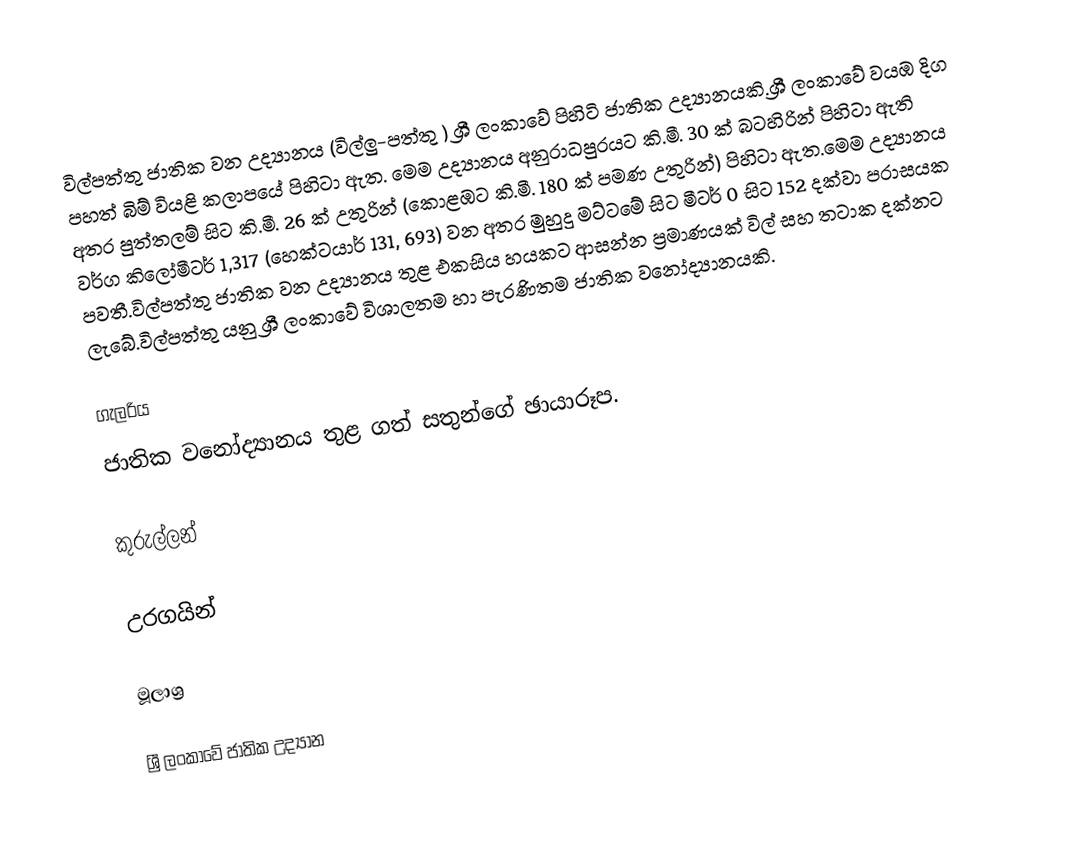
විල්පත්තු ජාතික වන උද්‍යානය (විල්ලු-පත්තු ) ශ්‍රී ලංකාවේ පිහිටි ජාතික උද්‍යානයකි.ශ්‍රී ලංකාවේ වයඹ දිග පහත් බිම් වියළි කලාපයේ පිහිටා ඇත. මෙම උද්‍යානය අනුරාධපුරයට කි.මී. 30 ක් බටහිරින් පිහිටා ඇති අතර පුත්තලම් සිට කි.මී. 26 ක් උතුරින් (කොළඹට කි.මී. 180 ක් පමණ උතුරින්) පිහිටා ඇත.මෙම උද්‍යානය වර්ග කිලෝමීටර් 1,317 (හෙක්ටයාර් 131, 693) වන අතර මුහුදු මට්ටමේ සිට මීටර් 0 සිට 152 දක්වා පරාසයක පවතී.විල්පත්තු ජාතික වන උද්‍යානය තුළ එකසිය හයකට ආසන්න ප්‍රමාණයක් විල් සහ තටාක දක්නට ලැබේ.විල්පත්තු යනු ශ්‍රී ලංකාවේ විශාලතම හා පැරණිතම ජාතික වනෝද්‍යානයකි.

ගැලරිය
ජාතික වනෝද්‍යානය තුළ ගත් සතුන්ගේ ඡායාරූප.

කුරුල්ලන්

උරගයින්

මූලාශ්‍ර

ශ්‍රී ලංකාවේ ජාතික උද්‍යාන